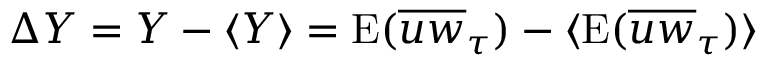
{ \mit \Delta } Y = Y - \langle Y \rangle = \mathrm { E } ( \overline { { u w } } _ { \tau } ) - \langle \mathrm { E } ( \overline { { u w } } _ { \tau } ) \rangle